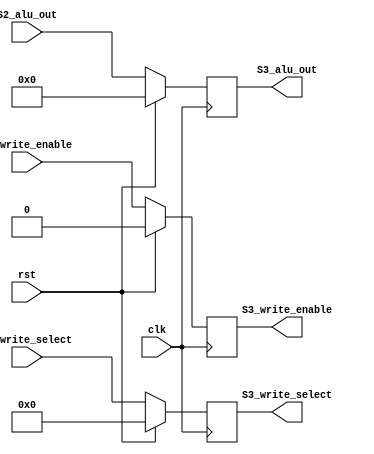
`timescale 1ns / 1ps
//////////////////////////////////////////////////////////////////////////////////
// Company: 
// Engineer: 
// 
// Design Name: 
// Module Name: S3_Register
// Project Name: 
// Target Devices: 
// Tool Versions: 
// Description: 
// 
// Dependencies: 
// 
// Revision:
// Revision 0.01 - File Created
// Additional Comments:
// 
//////////////////////////////////////////////////////////////////////////////////


module S3_Register(

    input                       clk,
    input                       rst,
    input       [4:0]           S2_write_select,
    input                       S2_write_enable,
    input       [31:0]          S2_alu_out,
    
    output reg                  S3_write_enable,
    output reg  [4:0]           S3_write_select,
    output reg  [31:0]          S3_alu_out
    
);


    always @(posedge clk)
        begin 
            if (rst) 
                begin
                S3_alu_out          <= 32'b0;
                S3_write_enable     <= 1'b0;
                S3_write_select     <= 5'b0;
                end
            else
                begin
                S3_alu_out          <= S2_alu_out;
                S3_write_enable     <= S2_write_enable;
                S3_write_select     <= S2_write_select;
                end
        end
              

endmodule